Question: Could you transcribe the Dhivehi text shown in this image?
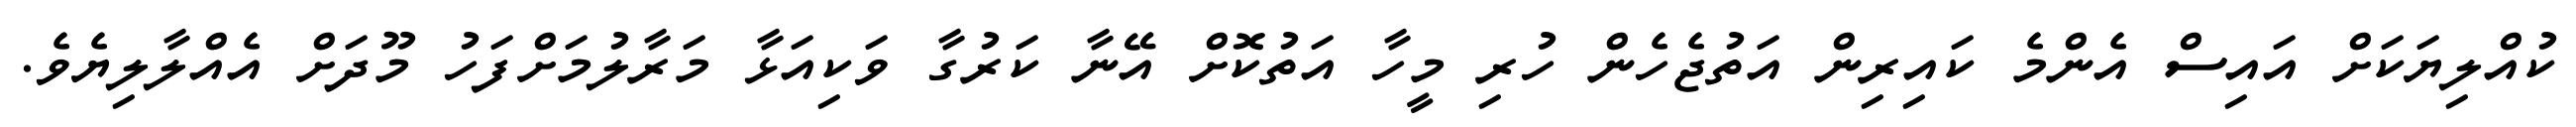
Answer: ކުއްލިޔަކަށް އައިސް އެންމެ ކައިރިން އަތުޖެހެން ހުރި މީހާ އަތުކޮށް އޭނާ ކަރުގާ ވަކިއަޅާ މަރާލުމަށްފަހު މޫދަށް އެއްލާލިޔެވެ.